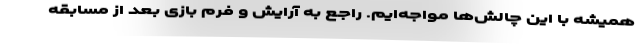
همیشه با این چالش‌ها مواجه‌ایم. راجع به آرایش و فرم بازی بعد از مسابقه